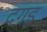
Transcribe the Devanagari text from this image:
दगड़